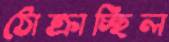
ঠোক্‌রাচ্ছিল